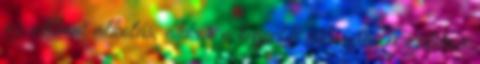
az otthoni alkotás, akkor a legjobb választás a szilikon